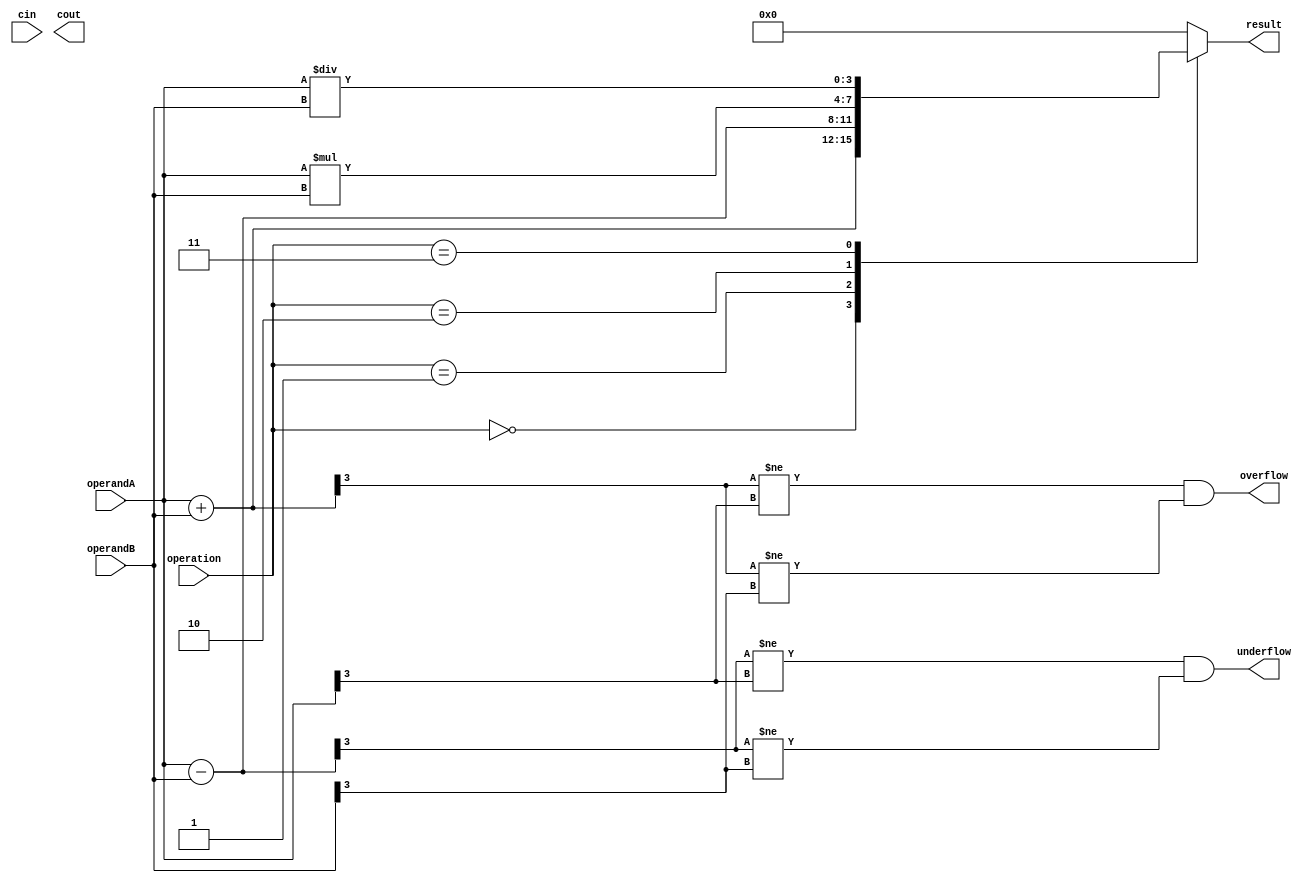
module ALU (
    input [3:0] operandA,
    input [3:0] operandB,
    input [2:0] operation,
    input cin,
    output [3:0] result,
    output cout,
    output overflow,
    output underflow
);

// Adder block
wire [3:0] add_result;
assign add_result = operandA + operandB;

// Subtractor block
wire [3:0] sub_result;
assign sub_result = operandA - operandB;

// Multiplier block
wire [7:0] mul_result;
assign mul_result = operandA * operandB;

// Divider block
wire [3:0] div_result;
assign div_result = operandA / operandB;

// Control signals for selecting operation
always @* begin
    case(operation)
        3'b000: result = add_result;
        3'b001: result = sub_result;
        3'b010: result = mul_result[3:0];
        3'b011: result = div_result;
        default: result = 4'b0000;
    endcase
end

// Carry out signal
assign cout = (add_result[4] == 1);

// Overflow detection
assign overflow = (add_result[3] != operandA[3]) && (add_result[3] != operandB[3]);

// Underflow detection
assign underflow = (sub_result[3] != operandA[3]) && (sub_result[3] != operandB[3]);

endmodule